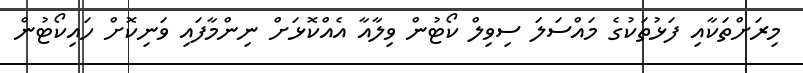
މިރަށްތަކާއި ފަޅުތަކުގެ މައްސަލަ ސިވިލް ކޯޓުން ވިލާއާ އެއްކޮޅަށް ނިންމާފައި ވަނިކޮށް ހައިކޯޓުން